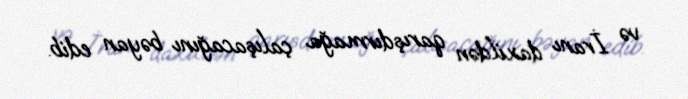
və İranı daxildən qarışdırmağa çalışacağını bəyan edib.